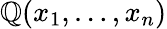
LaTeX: \mathbb{Q}(x_{1},\ldots,x_{n})